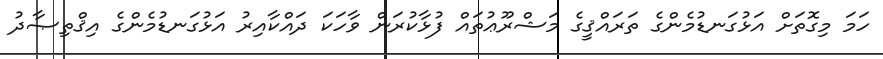
ހަމަ މިގޮތަށް އަޅުގަނޑުމެންގެ ތަރައްޤީގެ މަޝްރޫޢުތައް ފުޅާކުރަން ވާހަކަ ދައްކާއިރު އަޅުގަނޑުމެންގެ އިޤްތިޞާދު